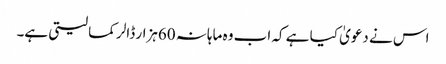
اس نے دعویٰ کیا ہے کہ اب وہ ماہانہ 60ہزار ڈالر کما لیتی ہے۔